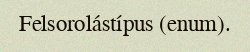
Felsorolástípus (enum).